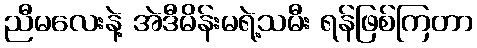
ညီမလေးနဲ့ အဲဒီမိန်းမရဲ့သမီး ရန်ဖြစ်ကြတာ